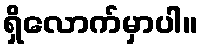
ရှိလောက်မှာပါ။